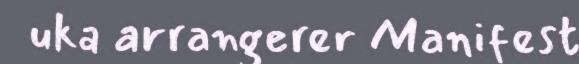
uka arrangerer Manifest